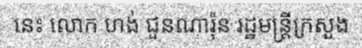
នេះ លោក ហង់ ជួនណារ៉ុន រដ្ឋមន្ត្រីក្រសួង